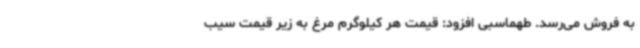
به فروش می‌رسد. طهماسبی افزود: قیمت هر کیلوگرم مرغ به زیر قیمت سیب